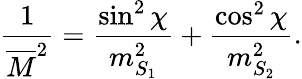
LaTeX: \frac{1}{\overline{{{M}}}^{2}}=\frac{\sin^{2}\chi}{m_{S_{1}}^{2}}+\frac{\cos^{2}\chi}{m_{S_{2}}^{2}}.